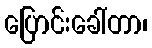
ပြောင်းခေါ်တာ၊